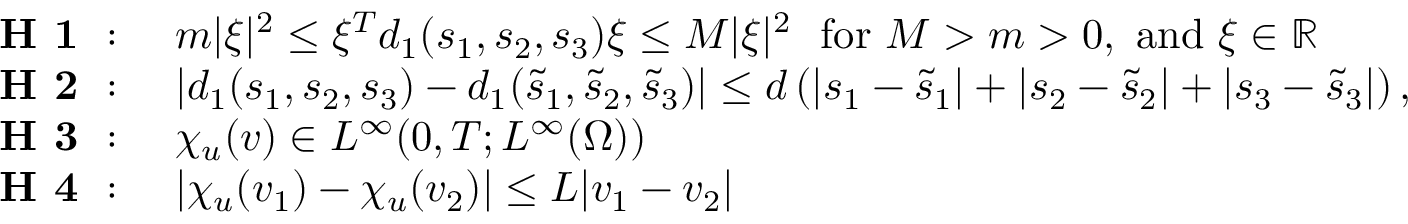
\begin{array} { r l } { \textbf { H 1 } : } & { ~ m | \xi | ^ { 2 } \leq \xi ^ { T } d _ { 1 } ( s _ { 1 } , s _ { 2 } , s _ { 3 } ) \xi \leq M | \xi | ^ { 2 } ~ ~ \mathrm { f o r ~ } M > m > 0 , \mathrm { ~ a n d ~ } \xi \in \mathbb { R } } \\ { \textbf { H 2 } : } & { ~ | d _ { 1 } ( s _ { 1 } , s _ { 2 } , s _ { 3 } ) - d _ { 1 } ( \Tilde { s } _ { 1 } , \Tilde { s } _ { 2 } , \Tilde { s } _ { 3 } ) | \leq d \left( | s _ { 1 } - \Tilde { s } _ { 1 } | + | s _ { 2 } - \Tilde { s } _ { 2 } | + | s _ { 3 } - \Tilde { s } _ { 3 } | \right) , } \\ { \textbf { H 3 } : } & { ~ \chi _ { u } ( v ) \in L ^ { \infty } ( 0 , T ; L ^ { \infty } ( \Omega ) ) } \\ { \textbf { H 4 } : } & { ~ | \chi _ { u } ( v _ { 1 } ) - \chi _ { u } ( v _ { 2 } ) | \leq L | v _ { 1 } - v _ { 2 } | } \end{array}